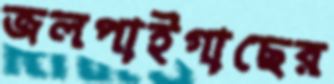
জলপাইগাছের